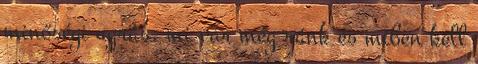
minőségi ugrás, mi vár még ránk és miben kell